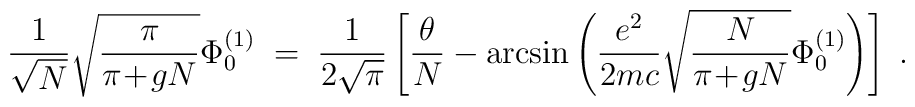
\frac{1}{\sqrt{N}}\sqrt{\frac{\pi}{\pi\!+\!gN}} \Phi^{(1)}_0\; = \;\frac{1}{2\sqrt{\pi}}\left[ \frac{\theta}{N} -\arcsin\left( \frac{e^2}{2mc} \sqrt{\frac{N}{\pi\!+\!gN}}\Phi^{(1)}_0 \right) \right] \; .